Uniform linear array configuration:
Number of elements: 4
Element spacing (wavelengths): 0.75
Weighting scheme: hann
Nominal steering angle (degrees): -60
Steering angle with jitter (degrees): -59.255
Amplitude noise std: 0.05
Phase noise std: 0.05

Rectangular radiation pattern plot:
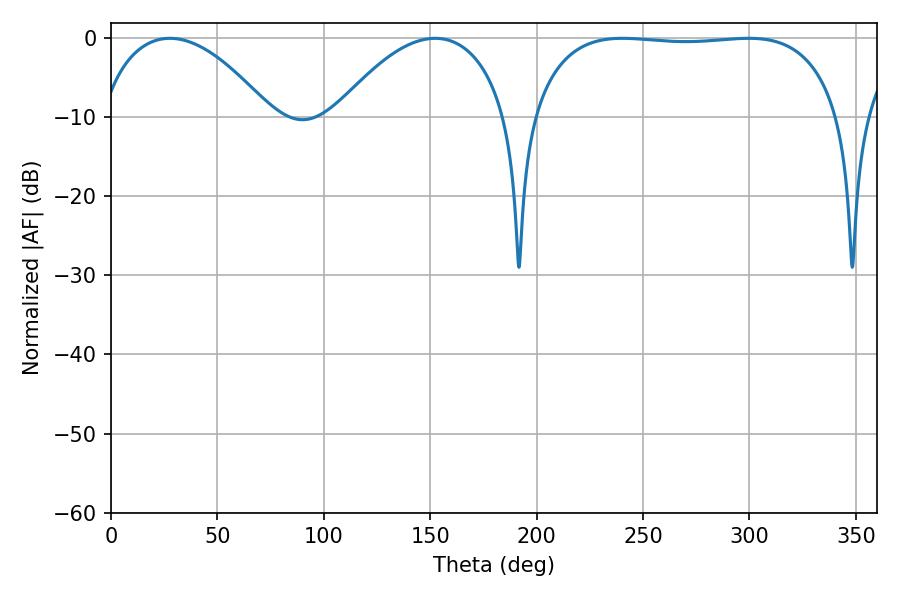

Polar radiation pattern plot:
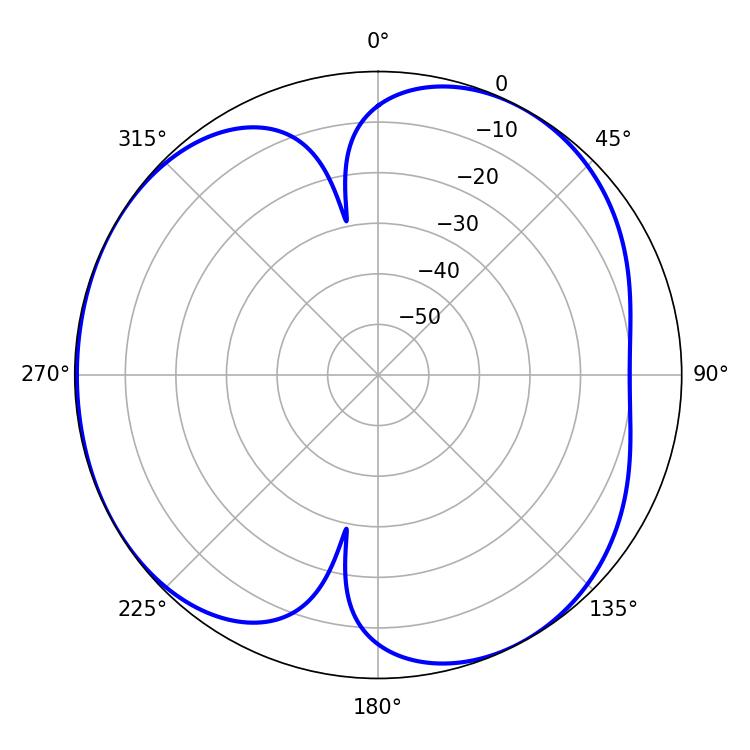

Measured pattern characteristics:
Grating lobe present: TRUE
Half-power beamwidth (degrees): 115.2
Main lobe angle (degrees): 240.3